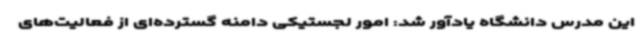
این مدرس دانشگاه یادآور شد: امور لجستیکی دامنه گسترده‌ای از فعالیت‌های